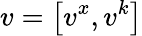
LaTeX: v=\left[v^{x},v^{k}\right]